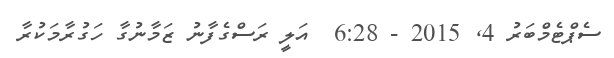
ސެޕްޓެމްބަރު 4